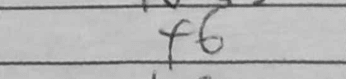
Transcription: f6